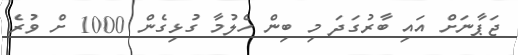
ޖަޕާނަށް އައި ބާރުގަދަ މި ބިން ހެލުމާ ގުޅިގެން 1000 ށް ވުރެ